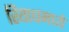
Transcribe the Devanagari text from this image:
रियाधमध्ये